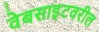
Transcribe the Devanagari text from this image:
वेबसाइटवरील